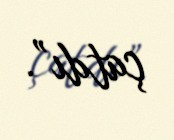
çatdı”.